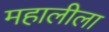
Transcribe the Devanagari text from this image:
महालीला